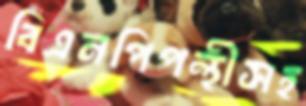
বিএনপিপন্থীসহ